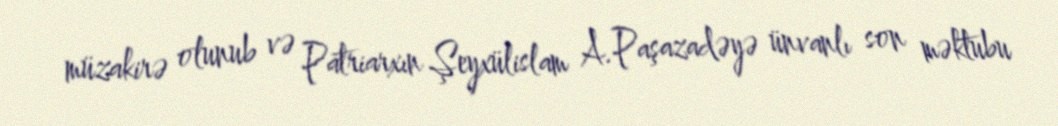
müzakirə olunub və Patriarxın Şeyxülislam A.Paşazadəyə ünvanlı son məktubu